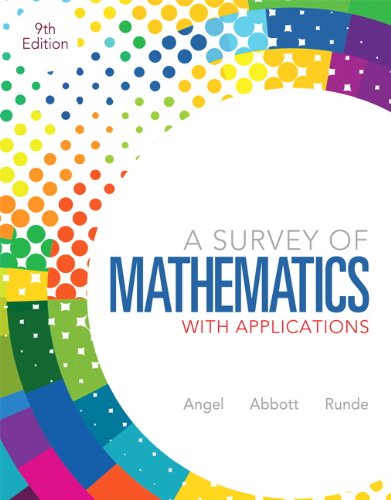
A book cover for A Survey of Mathematics with Applications (9th Edition); Allen R. Angel; Science & Math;